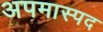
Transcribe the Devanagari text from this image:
अपमास्पद